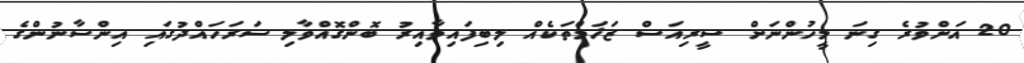
20 އަށްވުރެ ގިނަ މީހުންނަށް ސީރިއަސް ޒަޚަމްތަކެއް ލިބިފައިވާއިރު ބޮންގޮއްވާލި ސަރަހައްދުގައި އިންސާނުންގެ